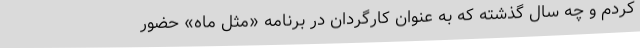
کردم و چه سال گذشته که به عنوان کارگردان در برنامه «مثل ماه» حضور